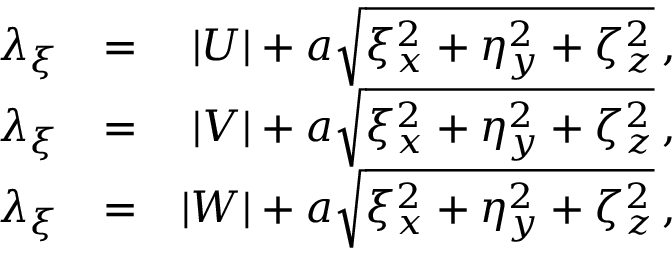
\begin{array} { r l r } { \lambda _ { \xi } } & { = } & { | U | + a \sqrt { \xi _ { x } ^ { 2 } + \eta _ { y } ^ { 2 } + \zeta _ { z } ^ { 2 } } \, \mathrm { , } } \\ { \lambda _ { \xi } } & { = } & { | V | + a \sqrt { \xi _ { x } ^ { 2 } + \eta _ { y } ^ { 2 } + \zeta _ { z } ^ { 2 } } \, \mathrm { , } } \\ { \lambda _ { \xi } } & { = } & { | W | + a \sqrt { \xi _ { x } ^ { 2 } + \eta _ { y } ^ { 2 } + \zeta _ { z } ^ { 2 } } \, \mathrm { , } } \end{array}